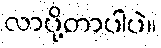
လာပို့တာပါပဲ။